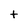
Character: t